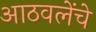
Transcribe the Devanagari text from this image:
आठवलेंचे